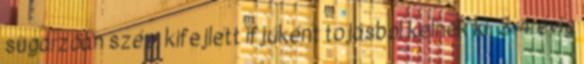
sugárzóan szép, kifejlett ifjúként tojásból kelnek ki, 3-4 évig